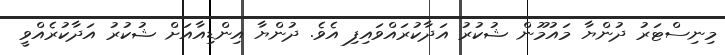
މިނިސްޓަރު ދުންޔާ މައުމޫން ޝުކުރު އަދާކުރައްވައިފި އެވެ. ދުންޔާ އިންޑިއާއަށް ޝުކުރު އަދާކުރެއްވީ